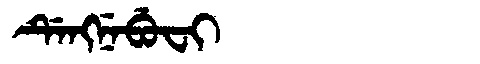
Manchu: ᡩᡝᠩᠨᡝᠪᡠᠸᡳ
Romanization: DENGNEBUFI